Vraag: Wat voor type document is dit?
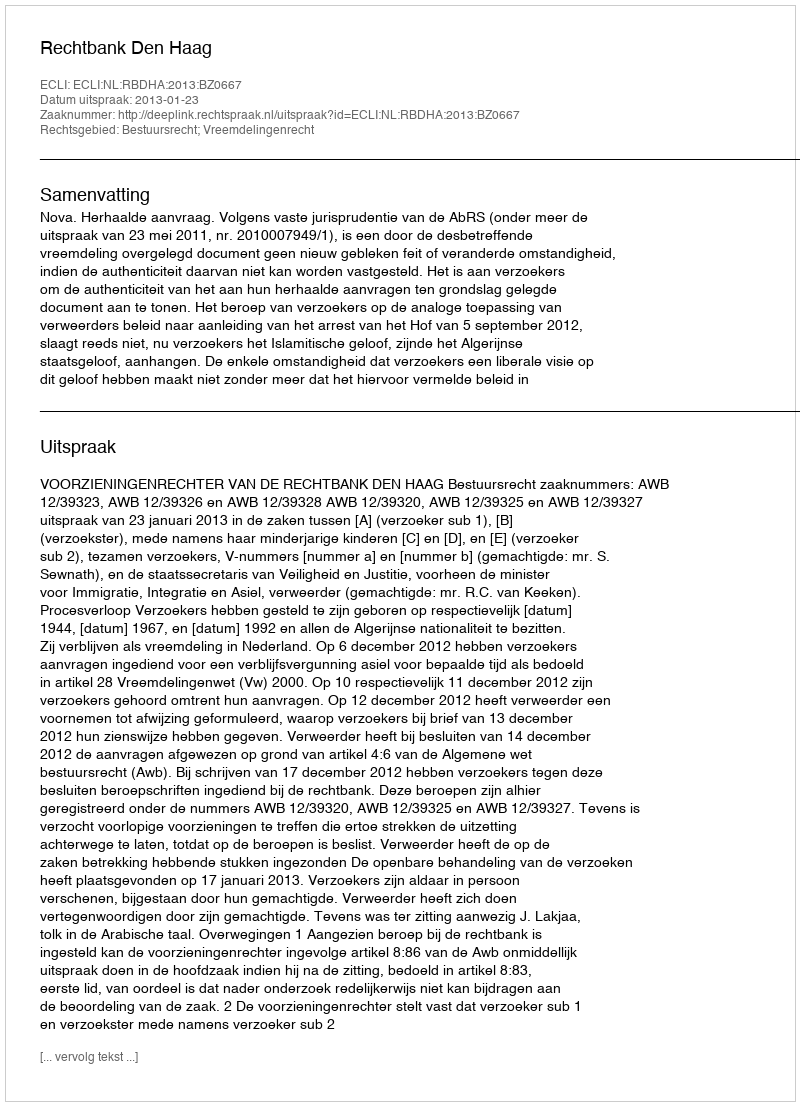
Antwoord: Uitspraak